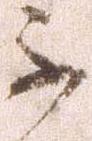
不